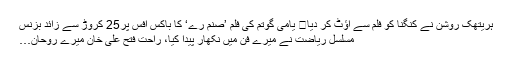
ہریتھک روشن نے کنگنا کو فلم سے آؤٹ کر دیا	 یامی گوتم کی فلم ’صنم رے‘ کا باکس آفس پر25 کروڑ سے زائد بزنس
مسلسل ریاضت نے میرے فن میں نکھار پیدا کیا، راحت فتح علی خان میرے روحان…